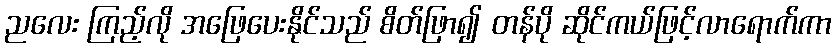
ညလေး ကြည့်လို အဖြေပေးနိုင်သည် စိတ်ဖြာ၍ တန်ပို ဆိုင်ကယ်ဖြင့်လာရောက်ကာ